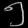
Digit: ၅